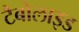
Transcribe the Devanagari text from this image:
टैबोलाइड